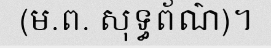
(ម.ព. សុទ្ធព័ណ៌)។